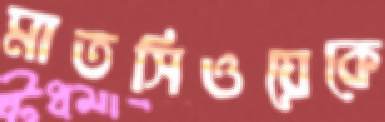
মাতসিওয়েকে